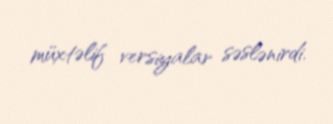
müxtəlif versiyalar səslənirdi.